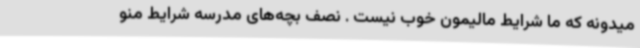
میدونه که ما شرایط مالیمون خوب نیست . نصف بچه‌های مدرسه شرایط منو